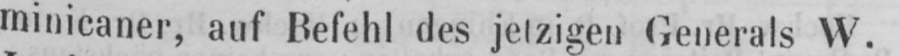
minicaner, auf Befehl des jetzigen Generals W.